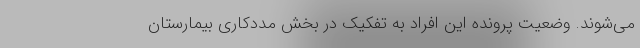
می‌شوند. وضعیت پرونده این افراد به تفکیک در بخش مددکاری بیمارستان